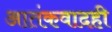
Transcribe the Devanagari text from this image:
आतंकवादही